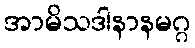
အာမိသဒါနာနမဂ္ဂ